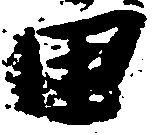
田